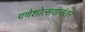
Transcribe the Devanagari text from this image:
गणेशोत्सवानंतर